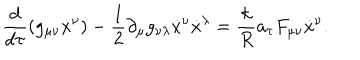
\frac { d } { d \tau } ( g _ { \mu \nu } { \dot { x } } ^ { \nu } ) - \frac { 1 } { 2 } \partial _ { \mu } g _ { \nu \lambda } { \dot { x } } ^ { \nu } { \dot { x } } ^ { \lambda } = \frac { k } { R } { a _ { \tau } } F _ { \mu \nu } { \dot { x } } ^ { \nu } .